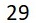
29